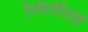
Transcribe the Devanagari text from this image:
स्थितीसह